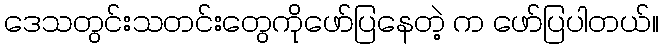
ဒေသတွင်းသတင်းတွေကိုဖော်ပြနေတဲ့ က ဖော်ပြပါတယ်။